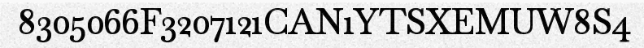
8305066F3207121CAN1YTSXEMUW8S4